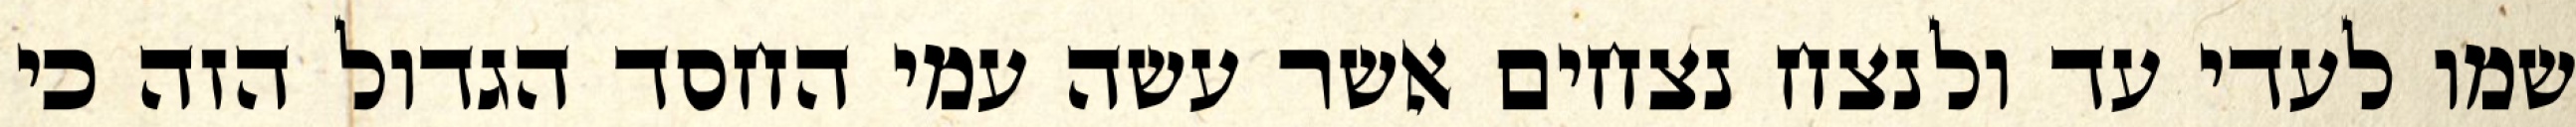
שמו לעדי עד ולנצח נצחים אשר עשה עמי החסד הגדול הזה כי